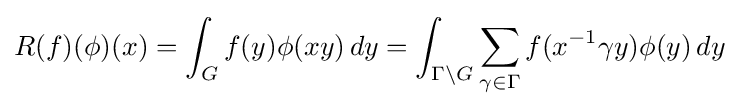
\displaystyle R(f)(\phi )(x)=\int _{G}f(y)\phi (xy)\,dy=\int _{\Gamma \backslash G}\sum _{\gamma \in \Gamma }f(x^{-1}\gamma y)\phi (y)\,dy